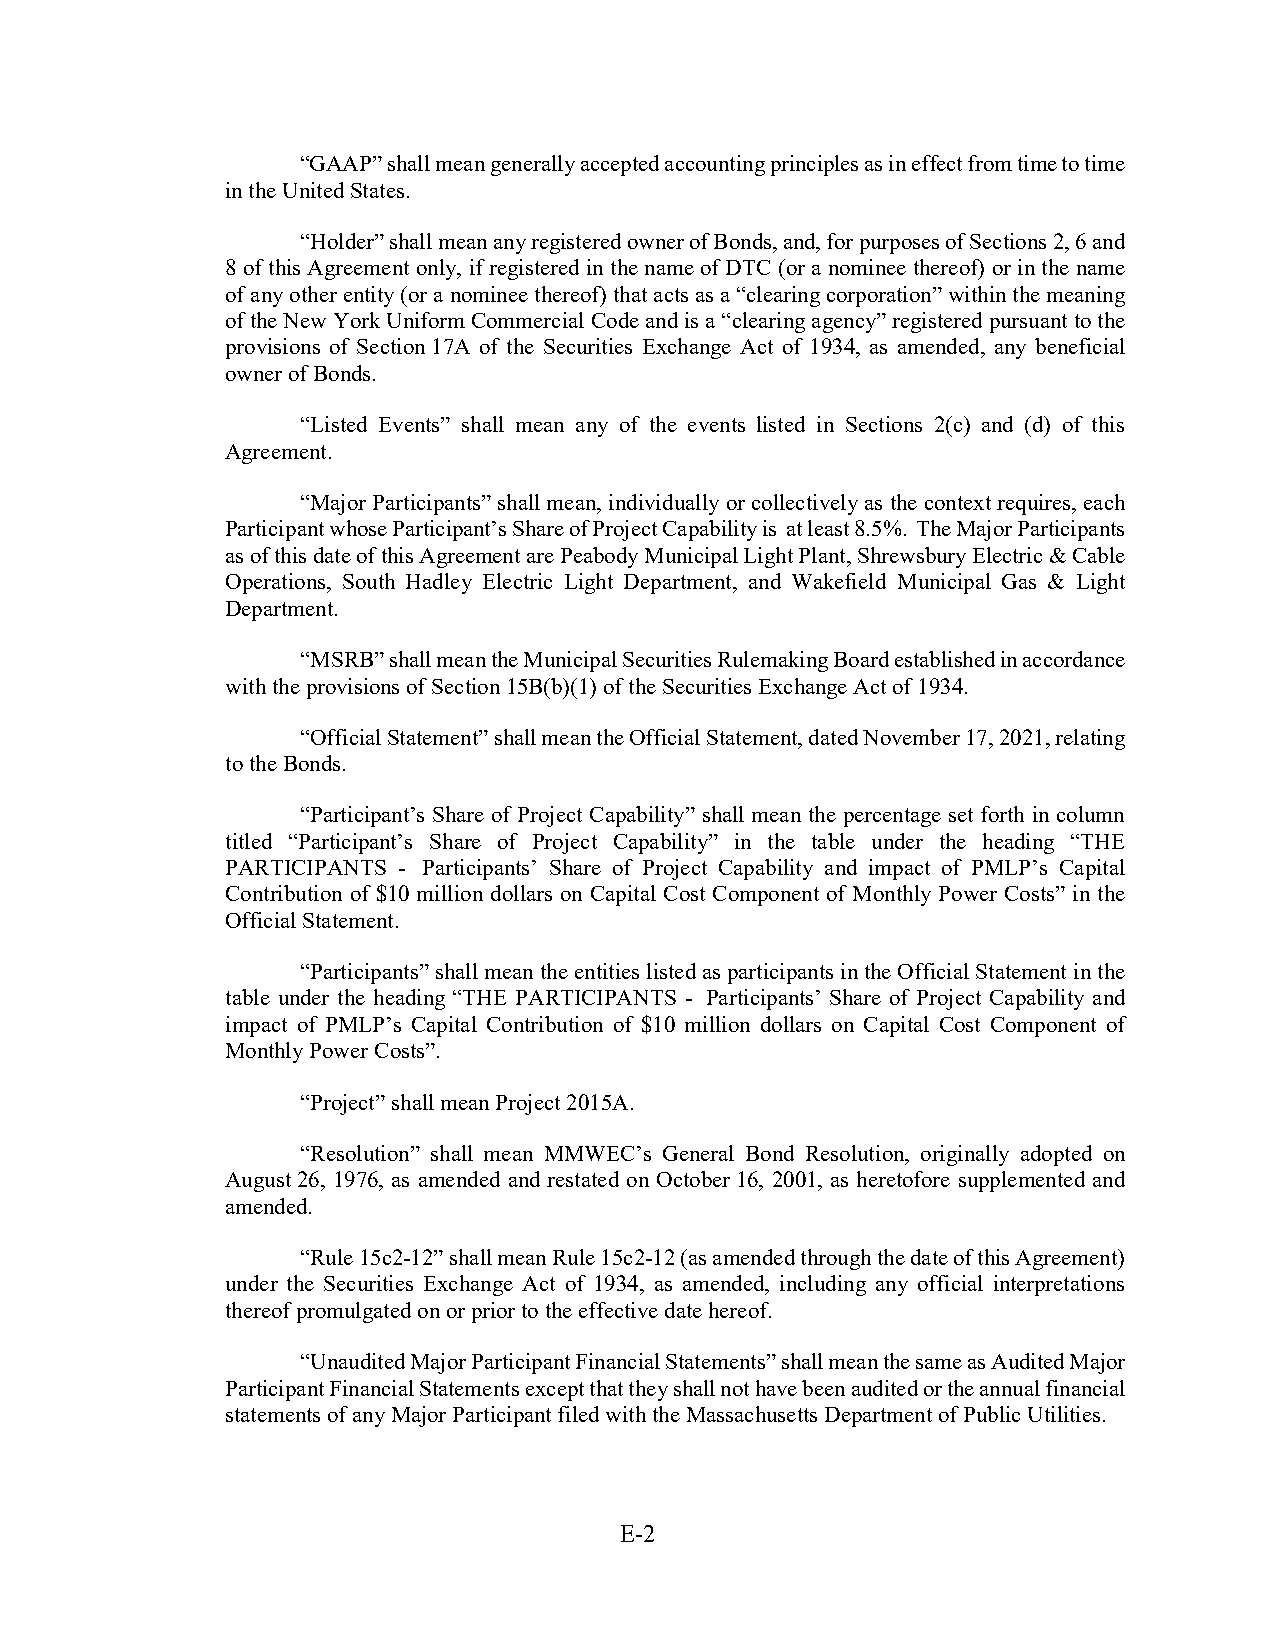
“GAAP” shall mean generally accepted accounting principles as in effect from time to time
 in the United States.
 “Holder” shall mean any registered owner of Bonds, and, for purposes of Sections 2, 6 and
 8 of this Agreement only, if registered in the name of DTC (or a nominee thereof) or in the name
 of any other entity (or a nominee thereof) that acts as a “clearing corporation” within the meaning
 of the New York Uniform Commercial Code and is a “clearing agency” registered pursuant to the
 provisions of Section 17A of the Securities Exchange Act of 1934, as amended, any beneficial
 owner of Bonds.
 “Listed Events” shall mean any of the events listed in Sections 2(c) and (d) of this
 Agreement.
 “Major Participants” shall mean, individually or collectively as the context requires, each
 Participant whose Participant’s Share of Project Capability is at least 8.5%. The Major Participants
 as of this date of this Agreement are Peabody Municipal Light Plant, Shrewsbury Electric & Cable
 Operations, South Hadley Electric Light Department, and Wakefield Municipal Gas & Light
 Department.
 “MSRB” shall mean the Municipal Securities Rulemaking Board established in accordance
 with the provisions of Section 15B(b)(1) of the Securities Exchange Act of 1934.
 “Official Statement” shall mean the Official Statement, dated November 17, 2021, relating
 to the Bonds.
 “Participant’s Share of Project Capability” shall mean the percentage set forth in column
 titled “Participant’s Share of Project Capability” in the table under the heading “THE
 PARTICIPANTS - Participants’ Share of Project Capability and impact of PMLP’s Capital
 Contribution of $10 million dollars on Capital Cost Component of Monthly Power Costs” in the
 Official Statement.
 “Participants” shall mean the entities listed as participants in the Official Statement in the
 table under the heading “THE PARTICIPANTS - Participants’ Share of Project Capability and
 impact of PMLP’s Capital Contribution of $10 million dollars on Capital Cost Component of
 Monthly Power Costs”.
 “Project” shall mean Project 2015A.
 “Resolution” shall mean MMWEC’s General Bond Resolution, originally adopted on
 August 26, 1976, as amended and restated on October 16, 2001, as heretofore supplemented and
 amended.
 “Rule 15c2-12” shall mean Rule 15c2-12 (as amended through the date of this Agreement)
 under the Securities Exchange Act of 1934, as amended, including any official interpretations
 thereof promulgated on or prior to the effective date hereof.
 “Unaudited Major Participant Financial Statements” shall mean the same as Audited Major
 Participant Financial Statements except that they shall not have been audited or the annual financial
 statements of any Major Participant filed with the Massachusetts Department of Public Utilities.
 E-2